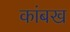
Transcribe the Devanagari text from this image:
कांबख